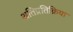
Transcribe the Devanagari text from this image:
अतिप्रतिक्रिया